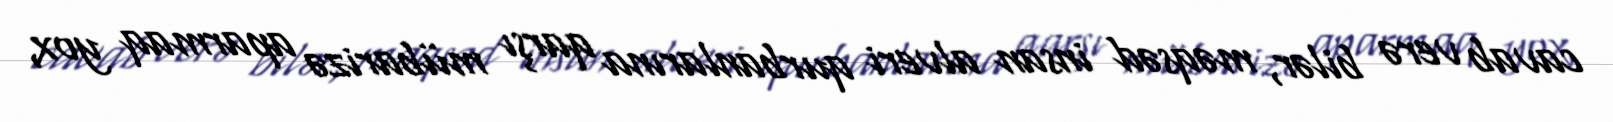
cavab verə bilər, məqsəd insan alveri qurbanlarına qarşı mübarizə aparmaq yox,